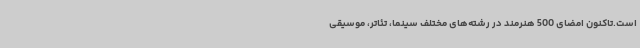
است.تاکنون امضای 500 هنرمند در رشته‌های مختلف سینما، تئاتر، موسیقی